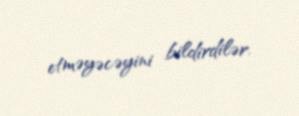
etməyəcəyini bildirdilər.